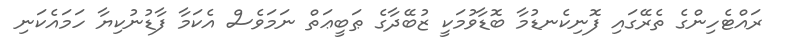
ރައްޓެހިންގެ ތެރޭގައި ފޮނިކެނޑުމާ ބޮޑާވުމަކީ ޒުބޭދާގެ ޠަބީޢަތް ނަމަވެސް އެކަމާ ފާޑުނުކިޔާ ހަމައެކަނި